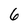
Character: 6